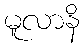
မူလာနိ